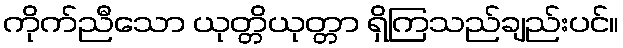
ကိုက်ညီသော ယုတ္တိယုတ္တာ ရှိကြသည်ချည်းပင်။